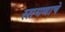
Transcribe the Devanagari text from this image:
सायणाचे